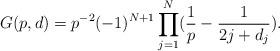
LaTeX: \begin{align*} G(p,d)=p^{-2} (-1)^{N+1} \prod_{j=1}^N (\frac{1}{p} - \frac{1}{2j + d_j}).\end{align*}